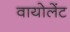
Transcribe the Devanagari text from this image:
वायोलेंट